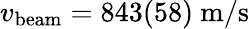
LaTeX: v_{\mathrm{beam}}=843(58)~\mathrm{m/s}